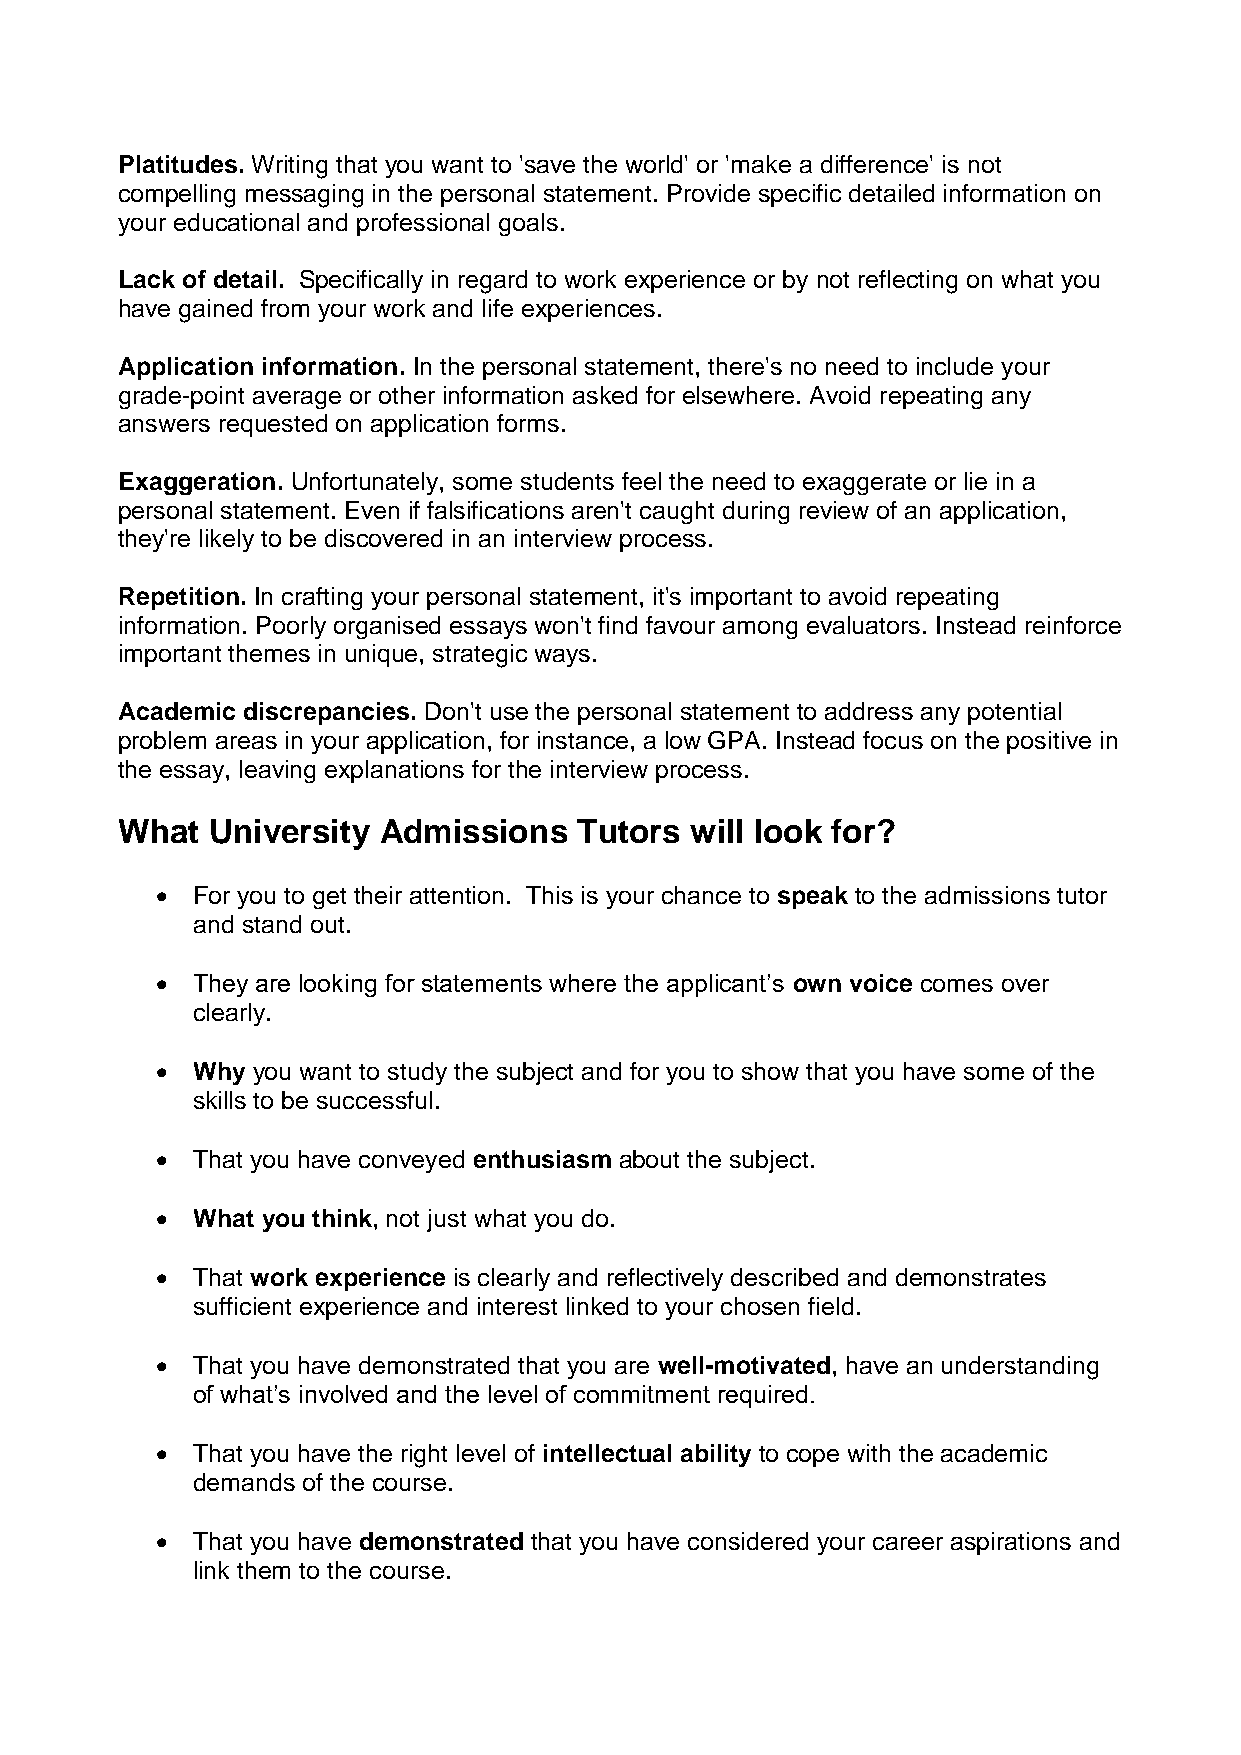
Platitudes. Writing that you want to 'save the world' or 'make a difference' is not
 compelling messaging in the personal statement. Provide specific detailed information on
 your educational and professional goals.
 Lack of detail. Specifically in regard to work experience or by not reflecting on what you
 have gained from your work and life experiences.
 Application information. In the personal statement, there's no need to include your
 grade-point average or other information asked for elsewhere. Avoid repeating any
 answers requested on application forms.
 Exaggeration. Unfortunately, some students feel the need to exaggerate or lie in a
 personal statement. Even if falsifications aren't caught during review of an application,
 they're likely to be discovered in an interview process.
 Repetition. In crafting your personal statement, it's important to avoid repeating
 information. Poorly organised essays won't find favour among evaluators. Instead reinforce
 important themes in unique, strategic ways.
 Academic discrepancies. Don't use the personal statement to address any potential
 problem areas in your application, for instance, a low GPA. Instead focus on the positive in
 the essay, leaving explanations for the interview process.
 What  University Admissions   Tutors  will look for?
   For you to get their attention. This is your chance to speak to the admissions tutor
 and stand out.
   They are looking for statements where the applicant’s own voice comes over
 clearly.
   Why you want to study the subject and for you to show that you have some of the
 skills to be successful.
   That you have conveyed enthusiasm about the subject.
   What you think, not just what you do.
   That work experience is clearly and reflectively described and demonstrates
 sufficient experience and interest linked to your chosen field.
   That you have demonstrated that you are well-motivated, have an understanding
 of what’s involved and the level of commitment required.
   That you have the right level of intellectual ability to cope with the academic
 demands of the course.
   That you have demonstrated that you have considered your career aspirations and
 link them to the course.